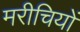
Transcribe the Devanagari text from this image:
मरीचियों